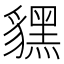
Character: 𧴔